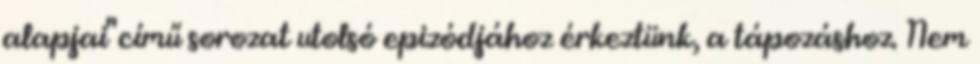
alapjai" című sorozat utolsó epizódjához érkeztünk, a tápozáshoz. Nem